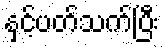
နှင့်ပတ်သက်ပြီး